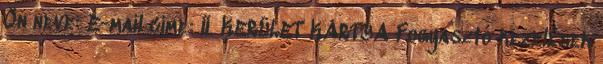
Ön neve: E-mail címe: II. KERÜLET KÁRTYA Fogyasztó kezelések